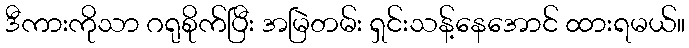
ဒီကားကိုသာ ဂရုစိုက်ပြီး အမြဲတမ်း ရှင်းသန့်နေအောင် ထားရမယ်။